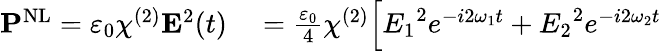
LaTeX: \begin{array}{rl}{\mathbf{P}^{\mathrm{NL}}=\varepsilon_{0}\chi^{(2)}\mathbf{E}^{2}(t)}&{{}={\frac{\varepsilon_{0}}{4}}\chi^{(2)}{\Big[}{E_{1}}^{2}e^{-i2\omega_{1}t}+{E_{2}}^{2}e^{-i2\omega_{2}t}}\end{array}